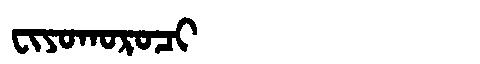
Manchu: ᠸᡳᠶᠣᡴᠣᡵᠣᠴᡳ
Romanization: FIYOKOROCI